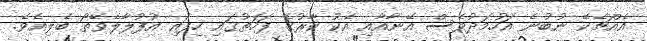
އެއްޗެކޭ ނުބުނެ އަހުމަދުވެސް އޭނާއާއި އެކު ކާރުގެ ފަހަތުގައި ހިފައި އުފުލާލެވޭތޯ ބެލިއެވެ.